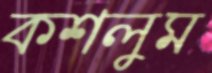
কশলুম